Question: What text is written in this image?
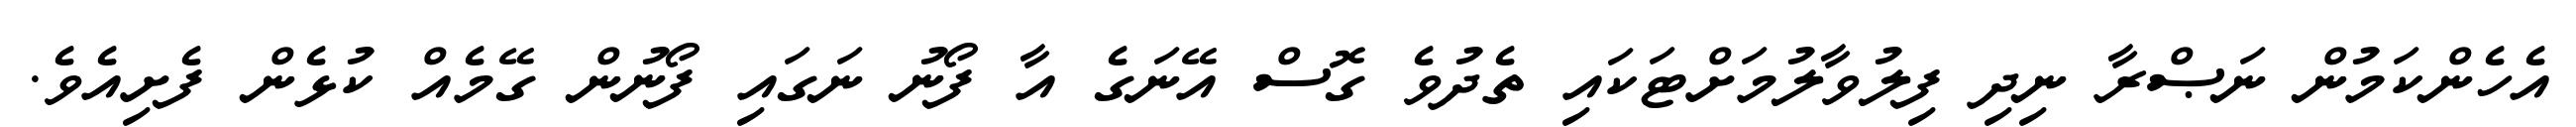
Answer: އެހެންކަމުން ނަޞްރާ ނިދި ފިލުވާލުމަށްޓަކައި ތެދުވެ ގޮސް އޭނަގެ އާ ފޯނު ނަގައި ފޯނުން ގޭމެއް ކުޅެން ފެށިއެވެ.